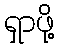
ရှာဖို့